Lunatic asylums Madras 1892-1911 - 1892-1911
Year: 1892
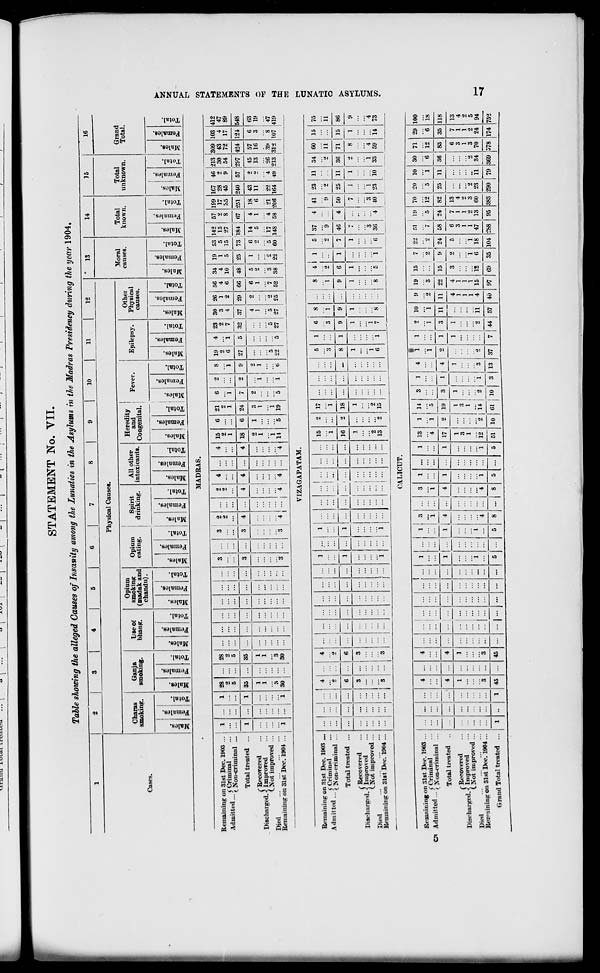
*Jira.uu luiui iruiiwu
STATEMENT No. VII.
Table showing the alleged Causes of Insanity among the Lunatics in the Asylums in the Madras Presidency during the year 1904.
1
2
3
4
5
6
7
8
|
9
10
11
12
'
13
14
15
16
Physical Causes.
Moral
Total
Total
Opium
smoking
(madak and
chandu).
1
Grand
Cases.
Chanis
smoking.
Ganja
smoking.
Use of
bhang.
Opium
Spirit
eating.
; drinking.
All other
intoxicants.
Heredity
and
Congenital.
Fever.
Epilepsy.
Other
Physical
causes.
causes.
known.
unknown.
Total.
! .
.
.
.
.
•
:
.
.
.
.
•
i »
o
v
£
0/
X
-
-
V
w
o
t
111 S 1 PH
•3
©
EH
B
1 I "5
©
00
25
1
*5
i c 03
i
B9
=
a.
3
"3
PM
•a
1
00
S
s
s
01
"a
©
EH
o>
1
5
=
S
3
©
09
s
1
"3
a 3 '
o
EH :
v.
-
g
01
PH
3 o
6
o
pH
"3
o
H
2
3
Pn
"3
o
EH
-
2
g
o
pH
"3
©
EH
"3
CS
3
s
*3
o
11
**. | pH
c
"3
fc
3
©
MADRAS.
!7>
P H
la
K
a
O
fr-
ee
H
s
Remaining on 31st Dec. 1903 ...
Admitted ...f9" im,nal . . ••
<>ou-cnminal ...
Total treated ...
(Recovered
Di8ch;irged. < Improved
(.Not improved ...
Died
Remaining on 31st Dec. 190* ...
1
I 28
28
...
...
2
5
...
2
5
1 ... l 35
35
1
1
1
1
Z 1' .' .' . 3
"3
1 ... i 30 ... SO
15
6 21
6
2
2
1 ...
1
1
18
6 24
7
0
1
3
2
1
1
i
i
it
5 19
5
1!)
2
6
27
•23
2
7
30 26 56
3
1
4
4
2
6
37 29 66
27 ! 27
•2
26
34
4
10
48
6
1
"7
52
5
2
38
19
1
5
25
53 142
5 15
15 27
73
6
22
184
I 14
5
5
148
57
67
4
1
"4
58
199
17
35
251
18
6
21
206
167
28
45
•240
43
11
22
164
213
30
54
57 [297
2 I 15
2 13
4
49
57
16
26 39
213 312
309
43
72
424
103
4
17
124
1;
3
*8
107
412
47
89
548
63
19
47
419
VIZAGAPATAM.
Remaining on 31st Dec. 1903 ...
« j -«.„.>
(Criminal
Admitted ...^N on .,. riminal
... ...
4
g
...
4
2
-
...
...
...
...
-
...
1
1
"i
...
1
1
i
...
... 1 ...
-11
...
15
i
16
1
"2
13
2
2
"2
17
i
18
1
"2
15
...
...
~
5
"S
8
1
"l
6
1
1
1
6
"S
9
1
"i
7
8
"i
...
8
i
4
2
6
1
1
5
2
7
37
"9
46
4
4
41
9
50
23
2
25
11 34
2
60
11
15 75
Total treated ... ... ... ... 6 ...
6
... | ... 1 ...
9
1
"s
:::
:::
...
9
"8
11 3(i
2
1
33
71
8
4
59
15
1
14
86
(■Recovered
Discharged. < Improved
(.Not improved ...
Died
Remaining on 31st Dee. 1904 ...
...
...
3
3
...
3
-3
... ! ...
1
1
5
i
1
V;
3
36
4
7
"3
40
1
1
23
1
i'6
9
4
73
CALICUT.
Remaining on 31st Dec. 1903 ... | ...
4
4
1
1
1 1 s 1 ... 3 1 1 13 1 I 14 3 1 4 •
1
1
2 10
9 19 15 ! 7 22 51
19 70 20 10 30 71 29 100
__
... .
C Criminal
Ox Admitted...;jSa+otimdMuH ...
... ...
...
...
l-i "i ."• *4 i "5 ... ... "i ::: i "i "2 3 '.'.'. ' "2 2 7 "5 12 5 i "e 12 "(B is
...
4
4
...
1
1
4
4
1
1 17
2 19
3
1
4
2
1
3 11 11 22 15 | 9 24 58 24 82 25 11 36
Total treated
83 35 118
rRecovered
1
1
1
1
1
1
1
1
4
4
3
2
5
6
7 13
6
7 13
Discharged..? Improved
...
3
3
...
j
1 ...
3
1
4
3
1
4
(.Not improved ...
1
1
...
1
1 ...
1
1
2
1
1
9
Die<l
...
... 1 ...
i
i
1
1 ... 1 1
i 1 2 3 2
2
3
9
5
Remaining on 31st Dec. 1904 ...
... ...
8 ... 3 ... ... | ...
...
5
4
8
...
4
8
1
5
...
1
5
12
51
2 I
10
14
61
2
1
3
2
2 ii 4 15 12 j 6 18 47 13 60 23 11
79
84
369
70 24 94
Grand Total treated ...
1
1 45 ... 45 ... ... , ... ) ... ... ...
5
10
3 13 37
7 44 I 57 40 "1 69 35 104 •288 95 383 290 578 174 752